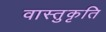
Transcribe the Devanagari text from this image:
वास्तुकृति